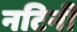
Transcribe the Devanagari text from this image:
नटिनी